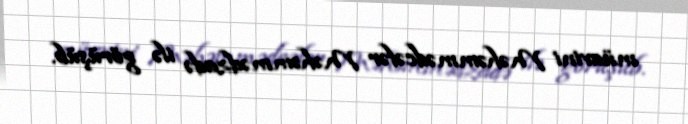
müavini Məhəmmədcəfər Məhəmmədzadə ilə görüşüb.